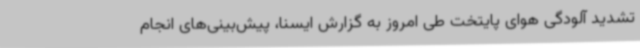
تشدید آلودگی هوای پایتخت طی امروز به گزارش ایسنا، پیش‌بینی‌های انجام‌